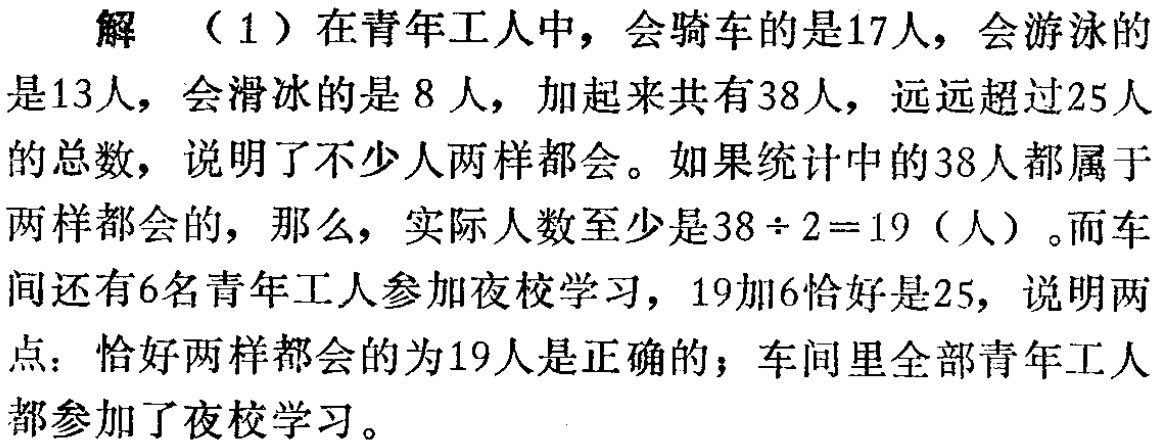
解 （1）在青年工人中，会骑车的是17人，会游泳的是13人，会滑冰的是8人，加起来共有38人，远远超过25人的总数，说明了不少人两样都会。如果统计中的38人都属于两样都会的，那么，实际人数至少是\(38\div2 = 19\)（人）。而车间还有6名青年工人参加夜校学习，19加6恰好是25，说明两点：恰好两样都会的为19人是正确的；车间里全部青年工人都参加了夜校学习。